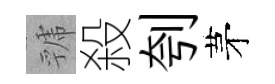
虢殺刳茅